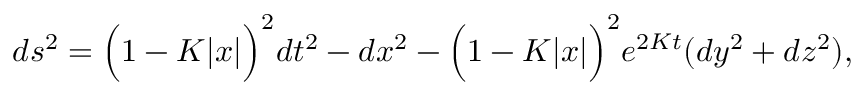
d s ^ { 2 } = \Big ( 1 - { \cal K } | x | \Big ) ^ { 2 } d t ^ { 2 } - d x ^ { 2 } - \Big ( 1 - { \cal K } | x | \Big ) ^ { 2 } e ^ { 2 { \cal K } t } ( d y ^ { 2 } + d z ^ { 2 } ) ,